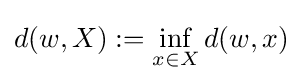
d(w,X):=\inf _{x\in X}d(w,x)